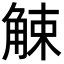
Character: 觫